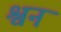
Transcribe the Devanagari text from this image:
श्वन